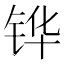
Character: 铧